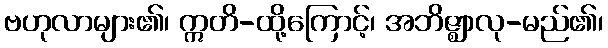
ဗဟုလာများ၏၊ ဣတိ-ထို့ကြောင့်၊ အဘိဇ္ဈာလု-မည်၏၊